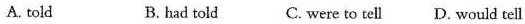
A. told B. had told C. were to tell D. Would tell